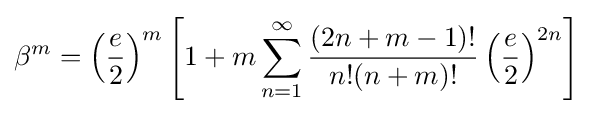
\beta ^{m}=\left({\frac {e}{2}}\right)^{m}\left[1+m\sum _{n=1}^{\infty }{\frac {(2n+m-1)!}{n!(n+m)!}}\left({\frac {e}{2}}\right)^{2n}\right]